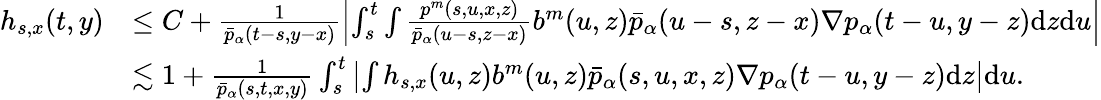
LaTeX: \begin{array}{rl}{h_{s,x}(t,y)}&{\leq C+\frac{1}{\bar{p}_{\alpha}(t-s,y-x)}\left|\int_{s}^{t}\int\frac{p^{m}(s,u,x,z)}{\bar{p}_{\alpha}(u-s,z-x)}b^{m}(u,z)\bar{p}_{\alpha}(u-s,z-x)\nabla p_{\alpha}(t-u,y-z)\mathrm{d}z\mathrm{d}u\right|}\\ &{\lesssim 1+\frac{1}{\bar{p}_{\alpha}(s,t,x,y)}\int_{s}^{t}\left|\int h_{s,x}(u,z)b^{m}(u,z)\bar{p}_{\alpha}(s,u,x,z)\nabla p_{\alpha}(t-u,y-z)\mathrm{d}z\right|\mathrm{d}u.}\end{array}